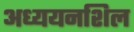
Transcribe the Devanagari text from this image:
अध्ययनशिल